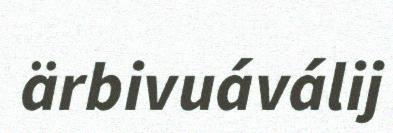
ärbivuáválij